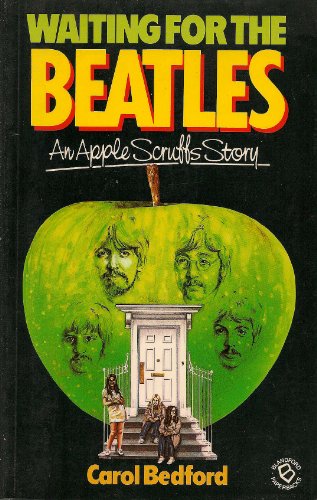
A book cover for Waiting for the Beatles: An Apple Scruff's Story; Carol Bedford; Humor & Entertainment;